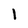
Character: 1